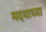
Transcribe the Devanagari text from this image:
मदयाच्या